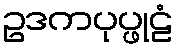
ဥဒကပုပ္ဖုဠံ